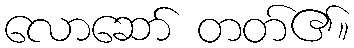
လောဆော် တတ်၏။